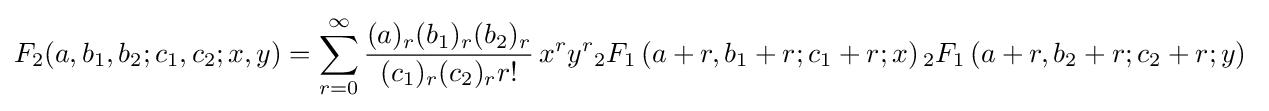
F_{2}(a,b_{1},b_{2};c_{1},c_{2};x,y)=\sum _{r=0}^{\infty }{\frac {(a)_{r}(b_{1})_{r}(b_{2})_{r}}{(c_{1})_{r}(c_{2})_{r}r!}}\,x^{r}y^{r}{}_{2}F_{1}\left(a+r,b_{1}+r;c_{1}+r;x\right){}_{2}F_{1}\left(a+r,b_{2}+r;c_{2}+r;y\right)~